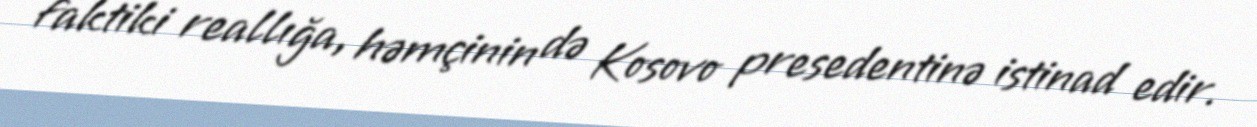
faktiki reallığa, həmçinin də Kosovo presedentinə istinad edir.